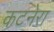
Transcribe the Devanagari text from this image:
कटनेरा